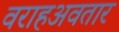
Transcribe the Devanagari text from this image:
वराहअवतार